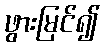
ဖွားမြင်၍